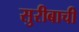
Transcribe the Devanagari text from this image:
सुरीबाची